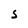
Character: S